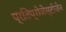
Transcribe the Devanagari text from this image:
प्रतिप्रोजेस्टोजेन